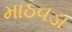
માઠવડા